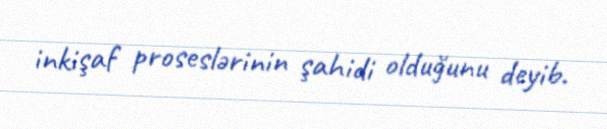
inkişaf proseslərinin şahidi olduğunu deyib.